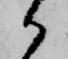
か